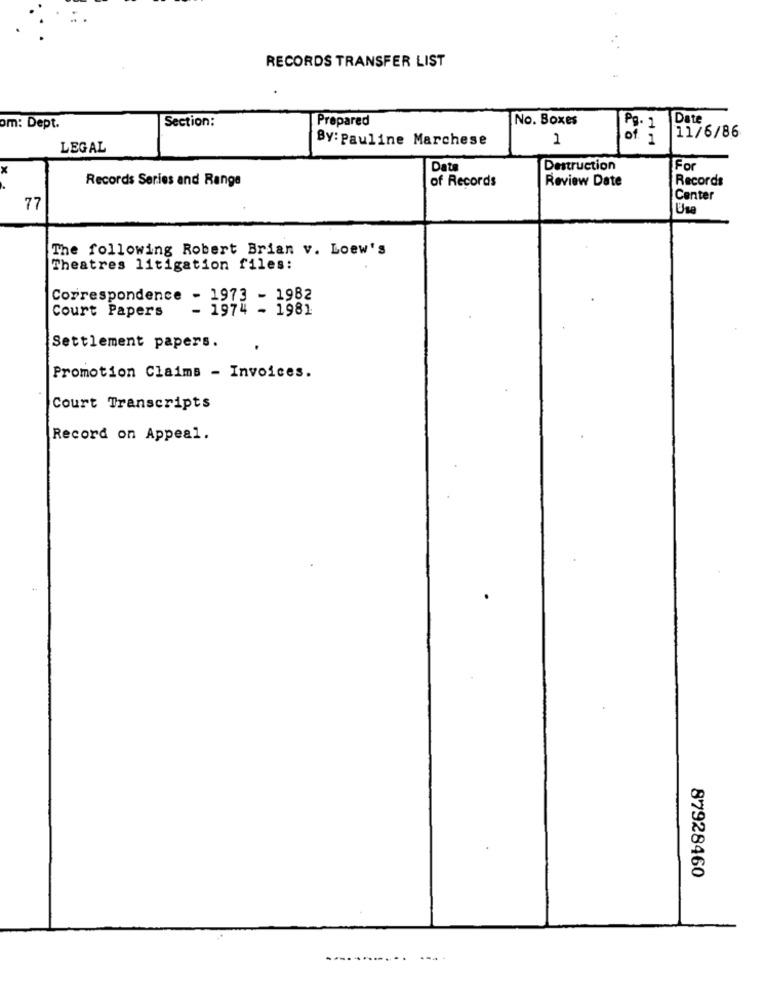
RECORDS TRANSFER LIST
Section:
Prepared
No. Boxes
Date
om: Dept.
By: Pauline Marchese
1
11/6/86
LEGAL
x
Date
Destruction
For
Records Series and Range
of Records
Review Date
Records
Center
77
Usa
The following Robert Brian v. Loew's
Theatres litigation files:
Correspondence - 1973 - 1982
Court Papers
- 1974 - 1981
Settlement papers.
Promotion Claims - Invoices.
Court Transcripts
Record on Appeal.
87928460
---..........
....